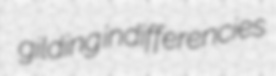
gilding indifferencies